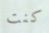
كنت